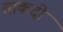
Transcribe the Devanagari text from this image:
ताकदी